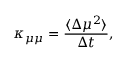
\kappa _ { \mu \mu } = \frac { \langle \Delta \mu ^ { 2 } \rangle } { \Delta t } ,